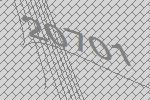
20701